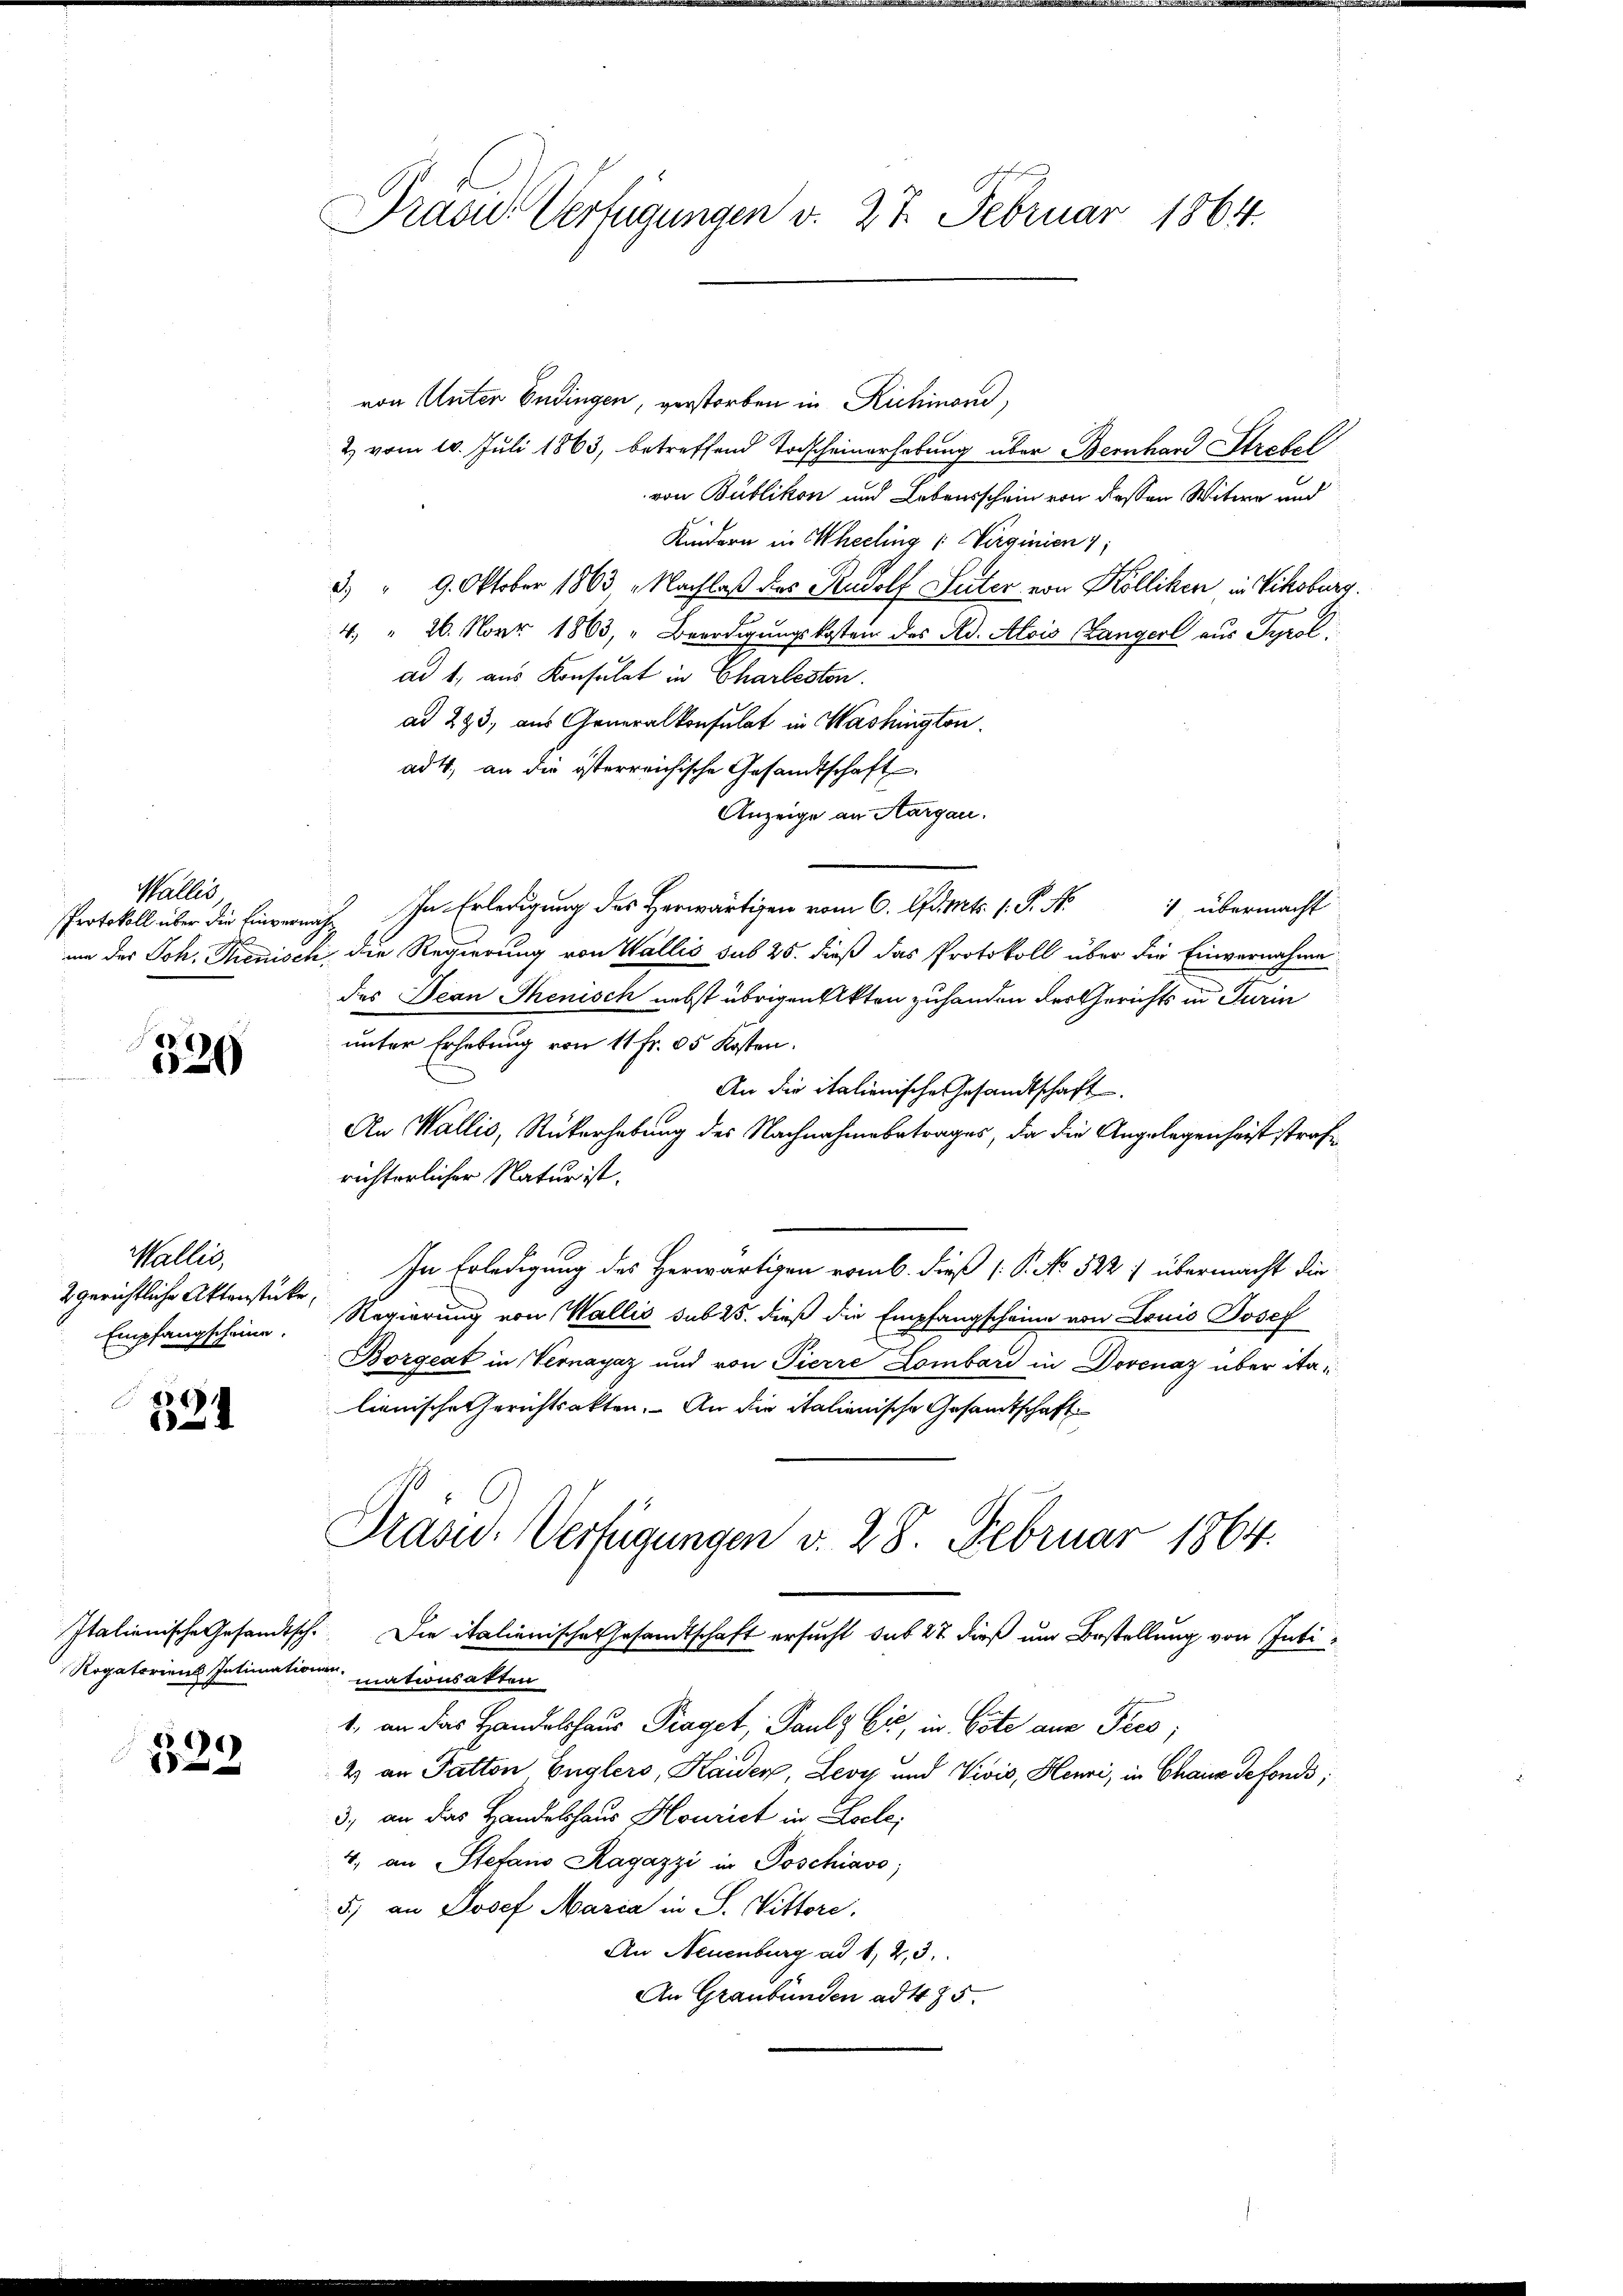
Wallis
PProtokoll über die Einvernach

.
1
20

Drasu- Verfügungen v. 27. Februar 1864.

von Unter Endingen, verstorben in Richinand,
2 vom 10. Juli 1863, betreffend Torscheinerhebung über Bernhard Strafel
von Bublikon und Lebensschein von dessen Witwe und
Kindern in Theeling (: Virginien 1
.) " 9. Oktober 1863 „Nachlaß des Rudolf Suter von Kolliken in Vikoburg.
4. " 26. Novr 1863, " Beerdigungskosten des Ad. Alois (angerl aus Tyrol.
ad 1., aus Konsulat in Charleston.
ad 293, aus Generalkonsulat in Washington.
ad 4., an die österreichische Gesandtschaft
Anzeige an Aargau.
In Erledigung des Herwärtigen vom 6. Art. 1. P. No 1 übermacht
um der Joh. Sienisch die Regierung von Wallis sub 25. dieß das Protokoll über die Einvernahme
des Jean Thenisch nebst übrigen Akten zuhanden des Gerichts in Turin
unter Erhebung von 11 Fr. 65 Kosten.
An die italienische Gesandtschaft
An Wallis, Rükerhebung des Nachnahmebetrages, da die Angelegenheit strafrichterlicher Natur ist.
Wallis,
In Erledigung des Herwärtigen vom 6. dieß (P. No 522) übermacht die
2 gerichtliche Aktenstücke,
Regierung von Wallis sub 25. dieß die Empfangscheine von Louis Josef
Empfangscheine.
Borgeat in Vernayaz und von Pierre Lombard in Dovenaz über italienische Gerichtsakten. An die italienische Gesamtschaft
Prasid. Verfügungen v. 28. Februar 1864.
Italienische Gesandtsch. Die italienische Gesandtschaft ersucht sub 27 dieß um Bestellung von Inti¬
Rogatorien Intimationen mationsakten
1. an das Handelshaus Praget, Paulz Cić, in Cote aus Pees;
)
e
2 an Tutton, Englers, Haider, Levy und Vivis, Henri, in Chaus defonds;
3., an das Handelshaus Hourist in Locle;
4. an Stefand Ragazzi in Poschiavo,
5) an Josef Maria in S. Wittore,
An Neuenburg ad 1, 2, 3.
An Graubünden ad 475.